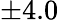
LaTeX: \pm 4.0